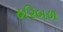
હરિબળ